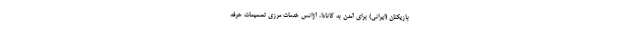
بازیکنان (ایرانی) برای آمدن به کانادا، آژانس خدمات مرزی تصمیمات حرفه